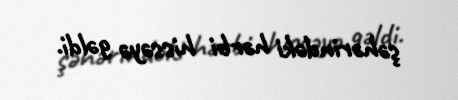
şəhərindəki hərbi hissəyə gəldi.